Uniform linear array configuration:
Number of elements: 4
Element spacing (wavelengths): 0.5
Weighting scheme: blackman
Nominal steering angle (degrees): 0
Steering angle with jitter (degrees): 0.8164
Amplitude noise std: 0.05
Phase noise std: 0.05

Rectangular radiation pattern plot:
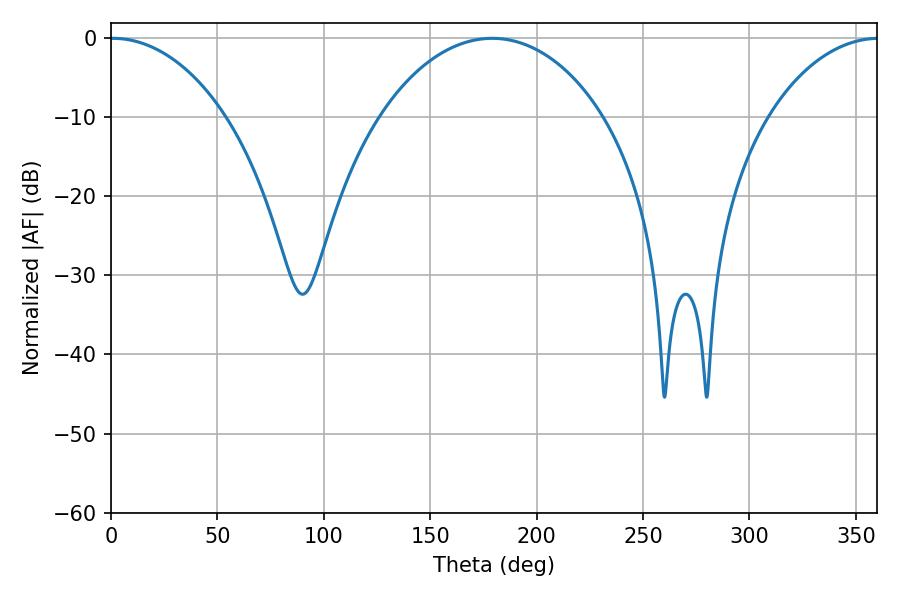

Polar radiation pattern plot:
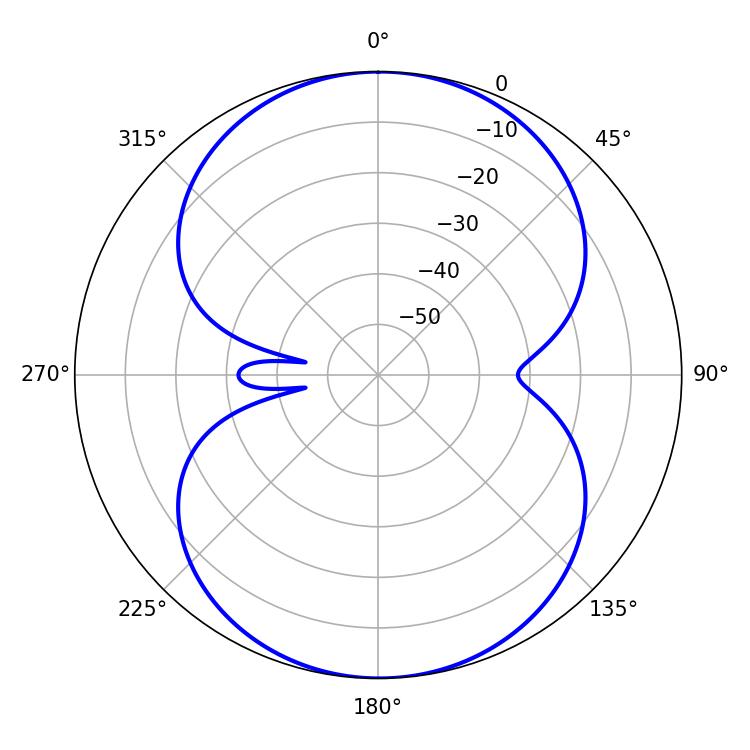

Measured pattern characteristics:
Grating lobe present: FALSE
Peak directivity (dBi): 16.786
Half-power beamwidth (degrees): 30.96
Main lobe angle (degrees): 0.9